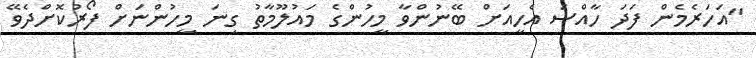
"އަހަރެމެން ފަދަ ހާއްސަ އެހީއަށް ބޭނުންވާ މީހުންގެ މައުލޫމާތު ގިނަ މީހުންނަށް ފޯރުކޮށްދެވޭ